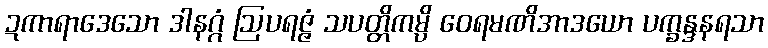
ဍကာရာဒေသော ဒါနဂ္ဂံ ဩပရဇ္ဇံ သပတ္တိကမ္ပိ ဝေရမဏိအာဒယော ပက္ခန္ဒနရသာ